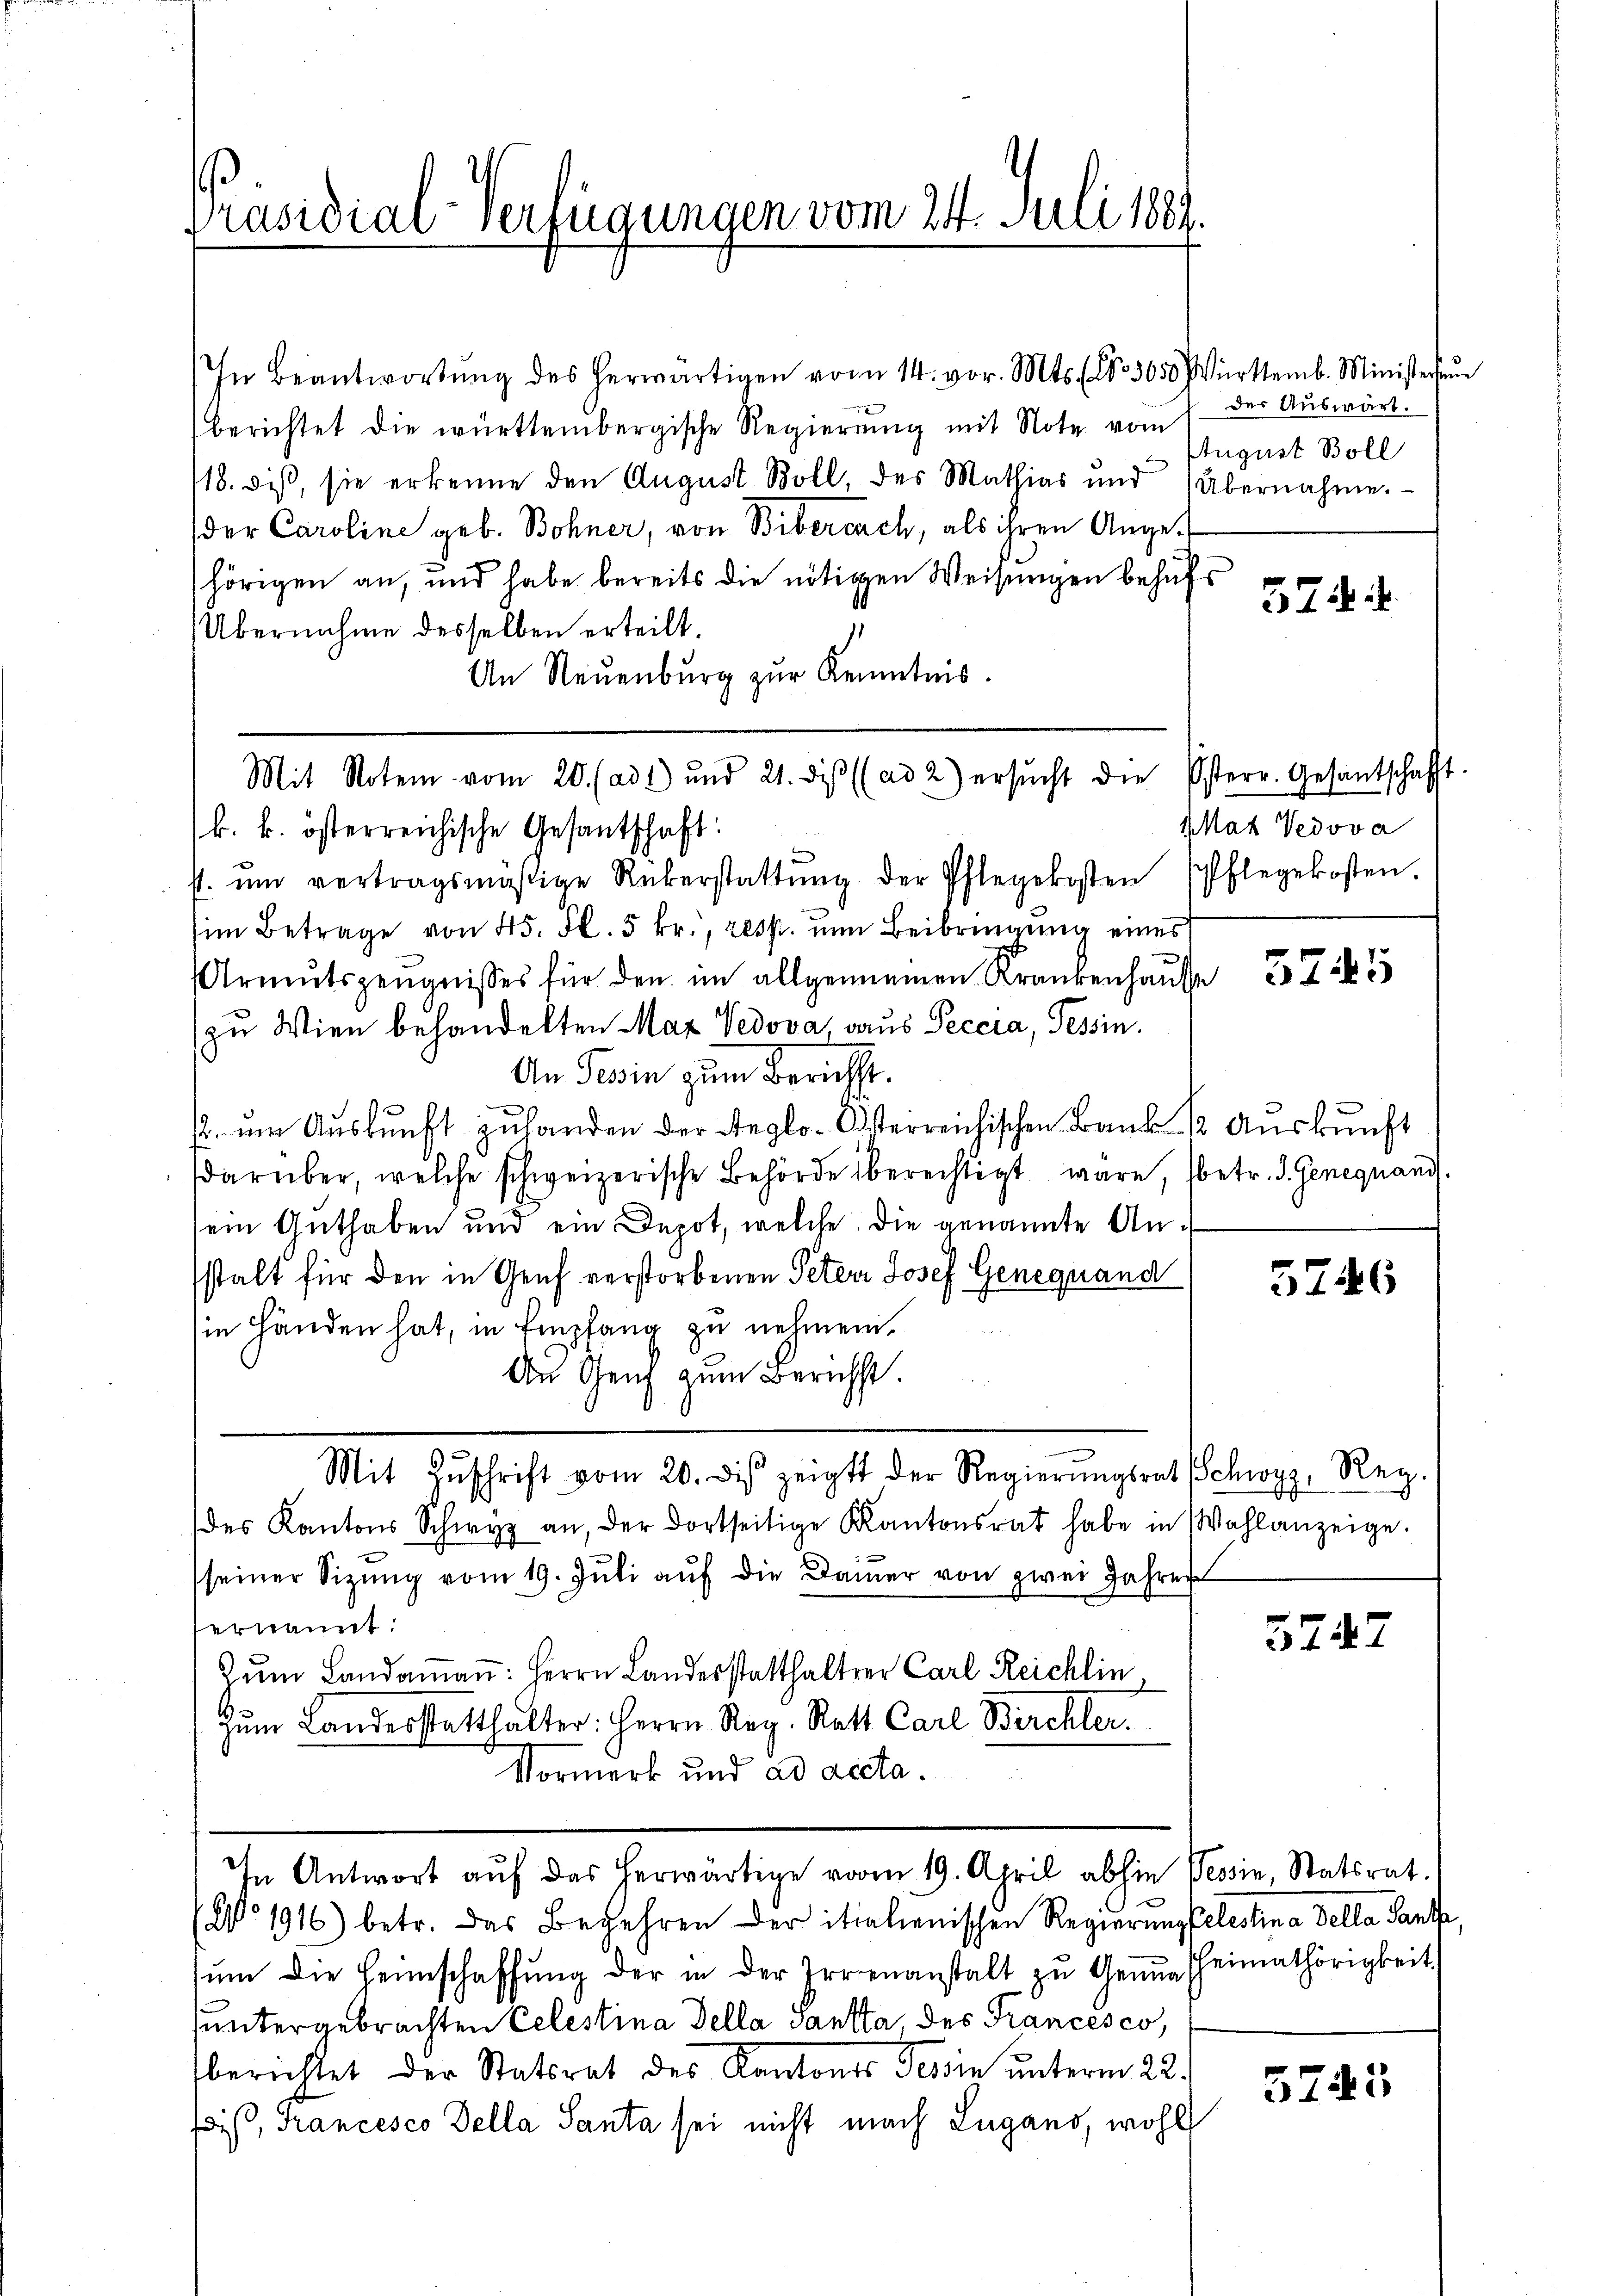
Präsidial-Verfügungen vom 24. Juli 1889.

In Beantwortŭng des herwärtigen vom 14. vor. Mts. No. 3650 Württemb. Ministerŭn
berichtet die württembergische Regierung mit Note vom
18. diβ, sie erkenne den August Boll, des Mathias ŭnd Übernahme.
der Caroline geb. Bohner, von Biberarch, als ihren Angehörigen an, und habe bereits die nötigen Weisungen behufs
Übernahme desselben erteilt.
An Neuenburg zŭr Kenntnis.
Mit Notem vom 20. (ad 1) und 21. dis (ad 2) ersŭcht die Esterr. Gesantschafft.
k. k. österreichische Gesantschaft:
s. ŭm vertragsmäßige Rükerstattŭng der Pflegekosten
im Betrage von 45. fl. 5 fr., resp. um Beibringung eines
Armutszeugnisses für den im allgemeinen Krankenhausse
zu Wien behandelten Maz Vedova aus Peccia, Tessin.
An Sein zum Bericht.
. im Auskunft zŭ handen der Reglo-Österreichischen Bank u Aŭskŭnft
darüber, welche schweizerische Behörde berechtigt wäre, betr. d. Genequand
sein Guthaben und ein Depot, welche die genannte Anstalt für den in Genf verstorbenen Peter Josef Genequand
in Handen hat, in Empfang zu nehmen.
Den Ganz zum Bericht.
Mit Zŭschrift vom 20. des zeigt der Regierŭngsrat Schwyz, Reg.
des Kantons Schwyz an, der dortseitige Kantonsrat habe in Wahlanzeige.
seiner Sitzŭng vom 19. Jŭli aŭf die Damer von zwei Jahren
ernannt:
zum Landammann: Herrn Landesstatthalter Carl Reichlin,
Zum Landesstatthalter: Herrn Reg. Ratt Carl Birchler.
Vormerk und ad acta.
In Antwort aŭf das herwärtige vom 19. April abhin Tessin, Statsrat.
Wo 1916) betr. das Begehren der italienischen Regierungselestina della Sante
ŭm die Heimschaffŭng der in der Irrenanstalt zŭ Genua heimathörigkeit
untergebrachten Celestina della Sankta, des Francesco,
berichtet der Statsrat des Kantonss Tessin unterm 22.
fois, Francesco della Santa sei nicht nach Lugano, wohl

der Auswärt.
August Boll

574.

Mat Vedova
Pflegekosten.

5745

5746

3747

5745